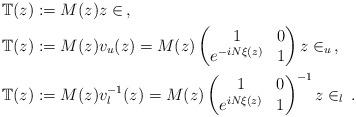
LaTeX: \begin{align*}\mathbb{T}(z) &:= M(z) z \in \, , \\\mathbb{T}(z) &:= M(z) v_u(z) =M(z) \begin{pmatrix} 1 & 0 \\ e^{-iN \xi(z)} & 1 \end{pmatrix} z \in _u \, , \\\mathbb{T}(z) &:= M(z) v_l^{-1}(z) =M(z) \begin{pmatrix} 1 & 0 \\ e^{iN \xi(z)} & 1 \end{pmatrix}^{-1} z \in _l \, . \end{align*}